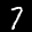
Label: 7